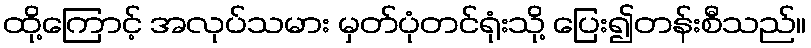
ထို့ကြောင့် အလုပ်သမား မှတ်ပုံတင်ရုံးသို့ ပြေး၍တန်းစီသည်။